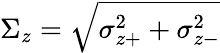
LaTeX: \Sigma_{z}=\sqrt{\sigma_{z+}^{2}+\sigma_{z-}^{2}}